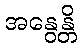
အနွေန္တိ